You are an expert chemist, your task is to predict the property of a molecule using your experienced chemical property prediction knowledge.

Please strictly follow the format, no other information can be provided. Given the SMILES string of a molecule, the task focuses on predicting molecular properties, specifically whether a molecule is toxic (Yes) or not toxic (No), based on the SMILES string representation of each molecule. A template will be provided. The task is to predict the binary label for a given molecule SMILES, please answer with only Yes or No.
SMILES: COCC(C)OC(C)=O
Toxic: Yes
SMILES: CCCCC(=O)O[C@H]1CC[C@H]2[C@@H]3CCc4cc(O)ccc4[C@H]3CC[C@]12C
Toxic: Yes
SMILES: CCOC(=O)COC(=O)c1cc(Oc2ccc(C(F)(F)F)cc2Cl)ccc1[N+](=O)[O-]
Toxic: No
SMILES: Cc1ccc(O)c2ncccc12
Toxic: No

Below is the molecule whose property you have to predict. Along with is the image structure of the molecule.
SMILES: Cc1c([N+](=O)[O-])c(C)c([N+](=O)[O-])c(C(C)(C)C)c1[N+](=O)[O-]
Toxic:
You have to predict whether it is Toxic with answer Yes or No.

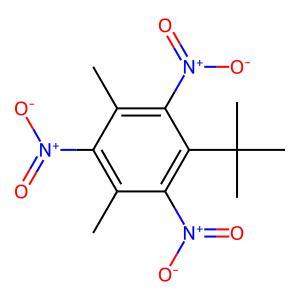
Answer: No